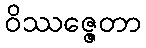
ဝိဿဇ္ဇေတာ